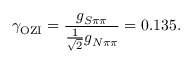
\gamma _ { \mathrm { O Z I } } = \frac { g _ { S \pi \pi } } { \frac { 1 } { \sqrt { 2 } } g _ { N \pi \pi } } = 0 . 1 3 5 .